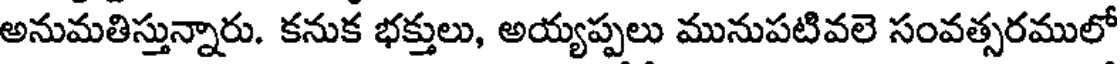
అనుమతిస్తున్నారు. కనుక భక్తులు, అయ్యప్పలు మునుపటివలె సంవత్సరములో